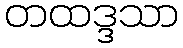
တထဒ္ဒသာ